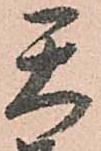
天